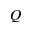
Q